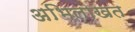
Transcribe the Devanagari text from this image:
अभिलाखत